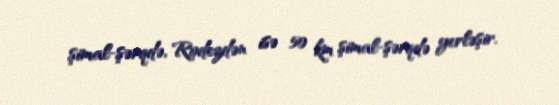
şimal-şərqdə, Rodezdən isə 50 km şimal-şərqdə yerləşir.